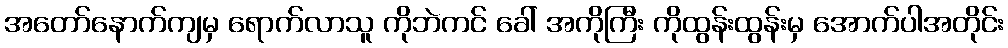
အတော်နောက်ကျမှ ရောက်လာသူ ကိုဘဲကင် ခေါ် အကိုကြီး ကိုထွန်းထွန်းမှ အောက်ပါအတိုင်း